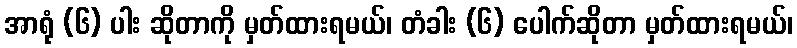
အာရုံ (၆) ပါး ဆိုတာကို မှတ်ထားရမယ်၊ တံခါး (၆) ပေါက်ဆိုတာ မှတ်ထားရမယ်၊